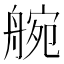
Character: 䑱